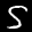
Digit: 5